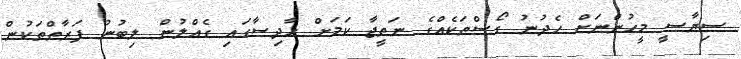
ސިޔާސީ މީހުންނަށް ހެދުނު ގޯސްތަކެއްގެ ނަތީޖާ ކަމަށް ހާދިސާގައި ގެއްލުން ލިބުނު ފަރާތްތަކުން